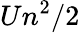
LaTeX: Un^{2}/2